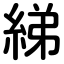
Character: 綈